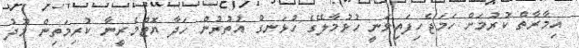
އިމާރާތް ކުރުމަށް ހަމަޖެހިފައިވަނީ ހުޅުމާލޭގެ ހުޅަނގު އުތުރުން ހަދާ ޔޮޓްމެރީނާ ކުރިމަތިން މޫދު